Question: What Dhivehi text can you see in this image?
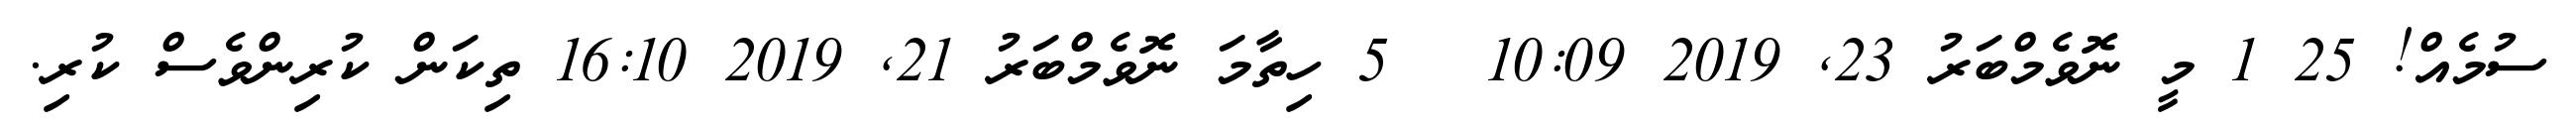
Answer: ސުމެއް! 25 1 މީ ނޮވެމްބަރު 23, 2019 10:09 ? 5 ހިތާމަ ނޮވެމްބަރު 21, 2019 16:10 ތިކަން ކުރިންވެސް ކުރި.